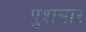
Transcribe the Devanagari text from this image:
पुशबार